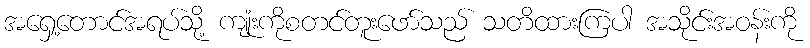
အရှေ့တောင်အရပ်သို့ ကျုံးကိုစတင်တူးဖော်သည် သတိထားကြပါ အသိုင်းအဝန်းကို